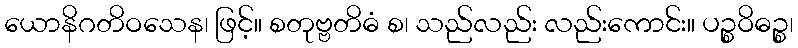
ယောနိဂတိဝသေန၊ ဖြင့်။ စတုဗ္ဗတိဓံ စ၊ သည်လည်း လည်းကောင်း။ ပဉ္စဝိဓဉ္စ၊